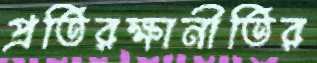
প্রতিরক্ষানীতির